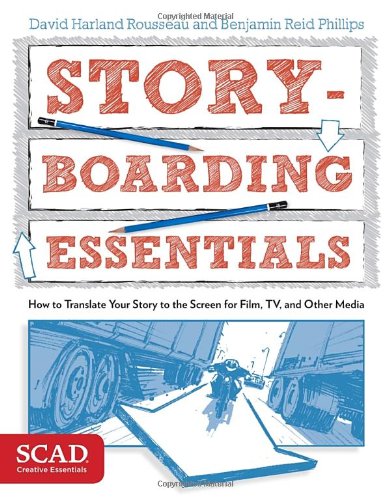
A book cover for Storyboarding Essentials: SCAD Creative Essentials (How to Translate Your Story to the Screen for Film, TV, and Other Media); David Harland Rousseau; Reference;